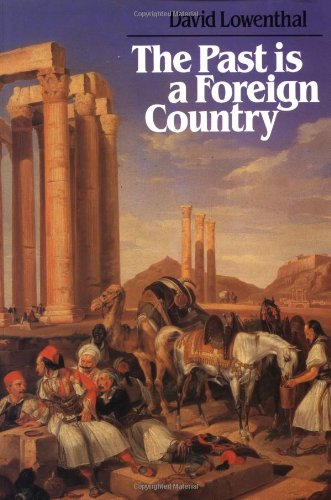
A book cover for The Past is a Foreign Country; David Lowenthal; History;